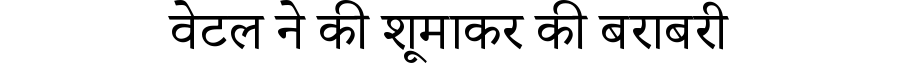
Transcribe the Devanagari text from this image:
वेटल ने की शूमाकर की बराबरी